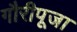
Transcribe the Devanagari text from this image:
गौरीपूजा